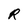
Character: R